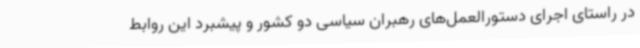
در راستای اجرای دستورالعمل‌های رهبران سیاسی دو کشور و پیشبرد این روابط